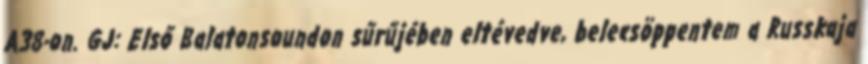
A38-on. GJ: Első Balatonsoundon sűrűjében eltévedve, belecsöppentem a Russkaja